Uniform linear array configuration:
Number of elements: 32
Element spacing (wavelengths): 0.5
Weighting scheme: exponential
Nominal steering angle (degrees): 45
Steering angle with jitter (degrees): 44.826
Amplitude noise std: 0.05
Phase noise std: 0.05

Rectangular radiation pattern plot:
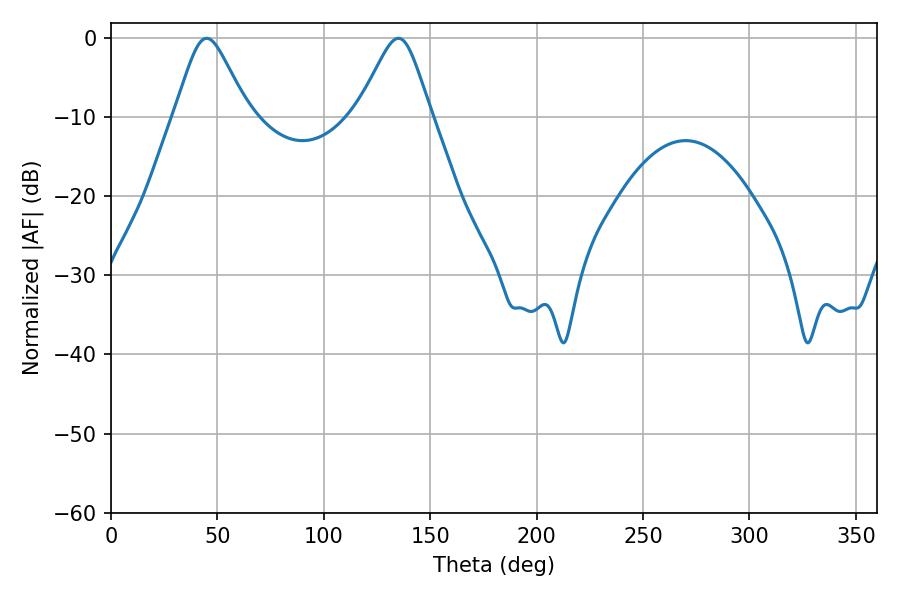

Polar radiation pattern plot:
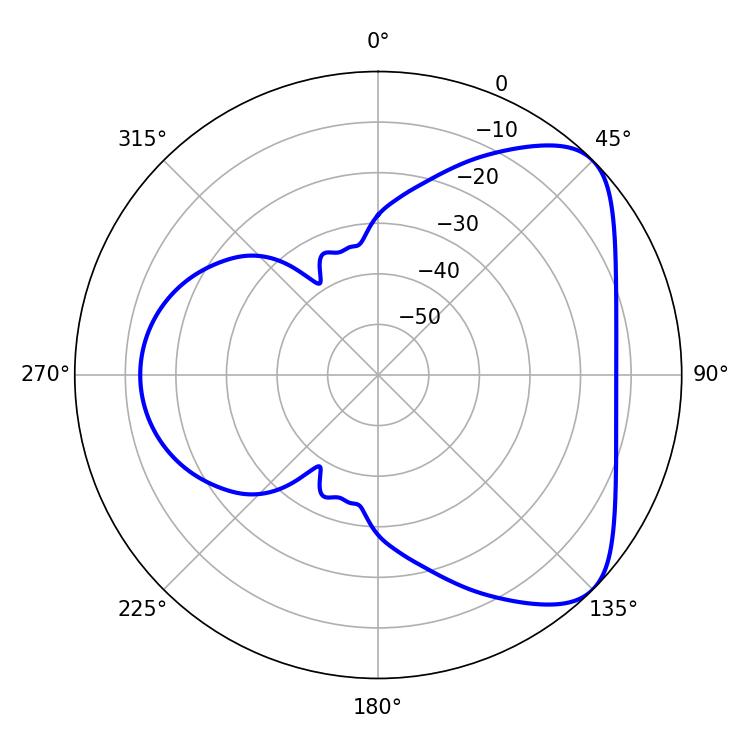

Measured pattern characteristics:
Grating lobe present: FALSE
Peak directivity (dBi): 5.994
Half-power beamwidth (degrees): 16.74
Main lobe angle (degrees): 45